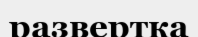
развертка